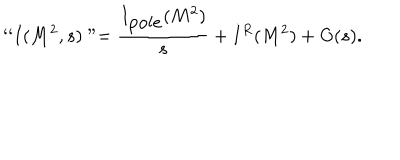
` ` I ( M ^ { 2 } , s ) " = { \frac { I _ { \mathrm { p o l e } } ( M ^ { 2 } ) } { s } } + I ^ { R } ( M ^ { 2 } ) + { \mathrm { O } } ( s ) .